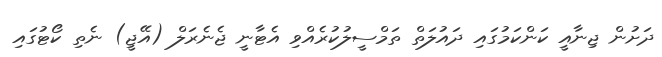
ދަށުން ޖިނާއީ ކަންކަމުގައި ދައުލަތް ތަމްސީލުކުރެއްވި އެޓާނީ ޖެނެރަލް (އޭޖީ) ނެތި ކޯޓުގައި